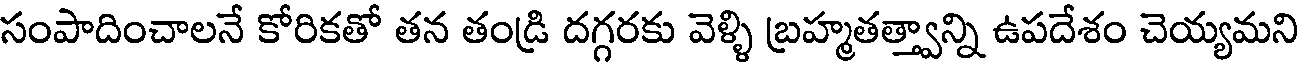
సంపాదించాలనే కోరికతో తన తండ్రి దగ్గరకు వెళ్ళి బ్రహ్మతత్త్వాన్ని ఉపదేశం చెయ్యమని